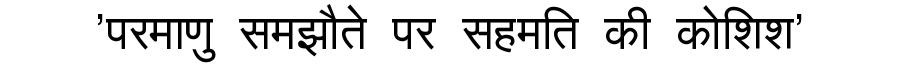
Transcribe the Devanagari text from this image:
'परमाणु समझौते पर सहमति की कोशिश'